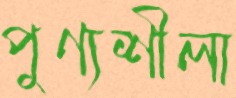
পুণ্যশীলা